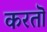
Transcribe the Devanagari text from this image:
करतॊ